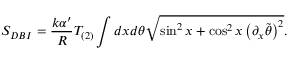
S _ { D B I } = \frac { k \alpha ^ { \prime } } { R } T _ { ( 2 ) } \int d x d \theta \sqrt { \sin ^ { 2 } x + \cos ^ { 2 } x \left( \partial _ { x } \tilde { \theta } \right) ^ { 2 } } .